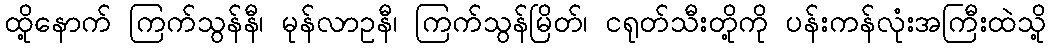
ထို့နောက် ကြက်သွန်နီ၊ မုန်လာဥနီ၊ ကြက်သွန်မြိတ်၊ ငရုတ်သီးတို့ကို ပန်းကန်လုံးအကြီးထဲသို့